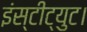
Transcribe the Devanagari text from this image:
इंस्टीट्युट।